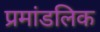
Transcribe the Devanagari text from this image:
प्रमांडलिक